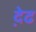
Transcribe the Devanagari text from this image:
द़ेढ